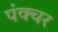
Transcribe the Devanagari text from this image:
पंक्‍चर